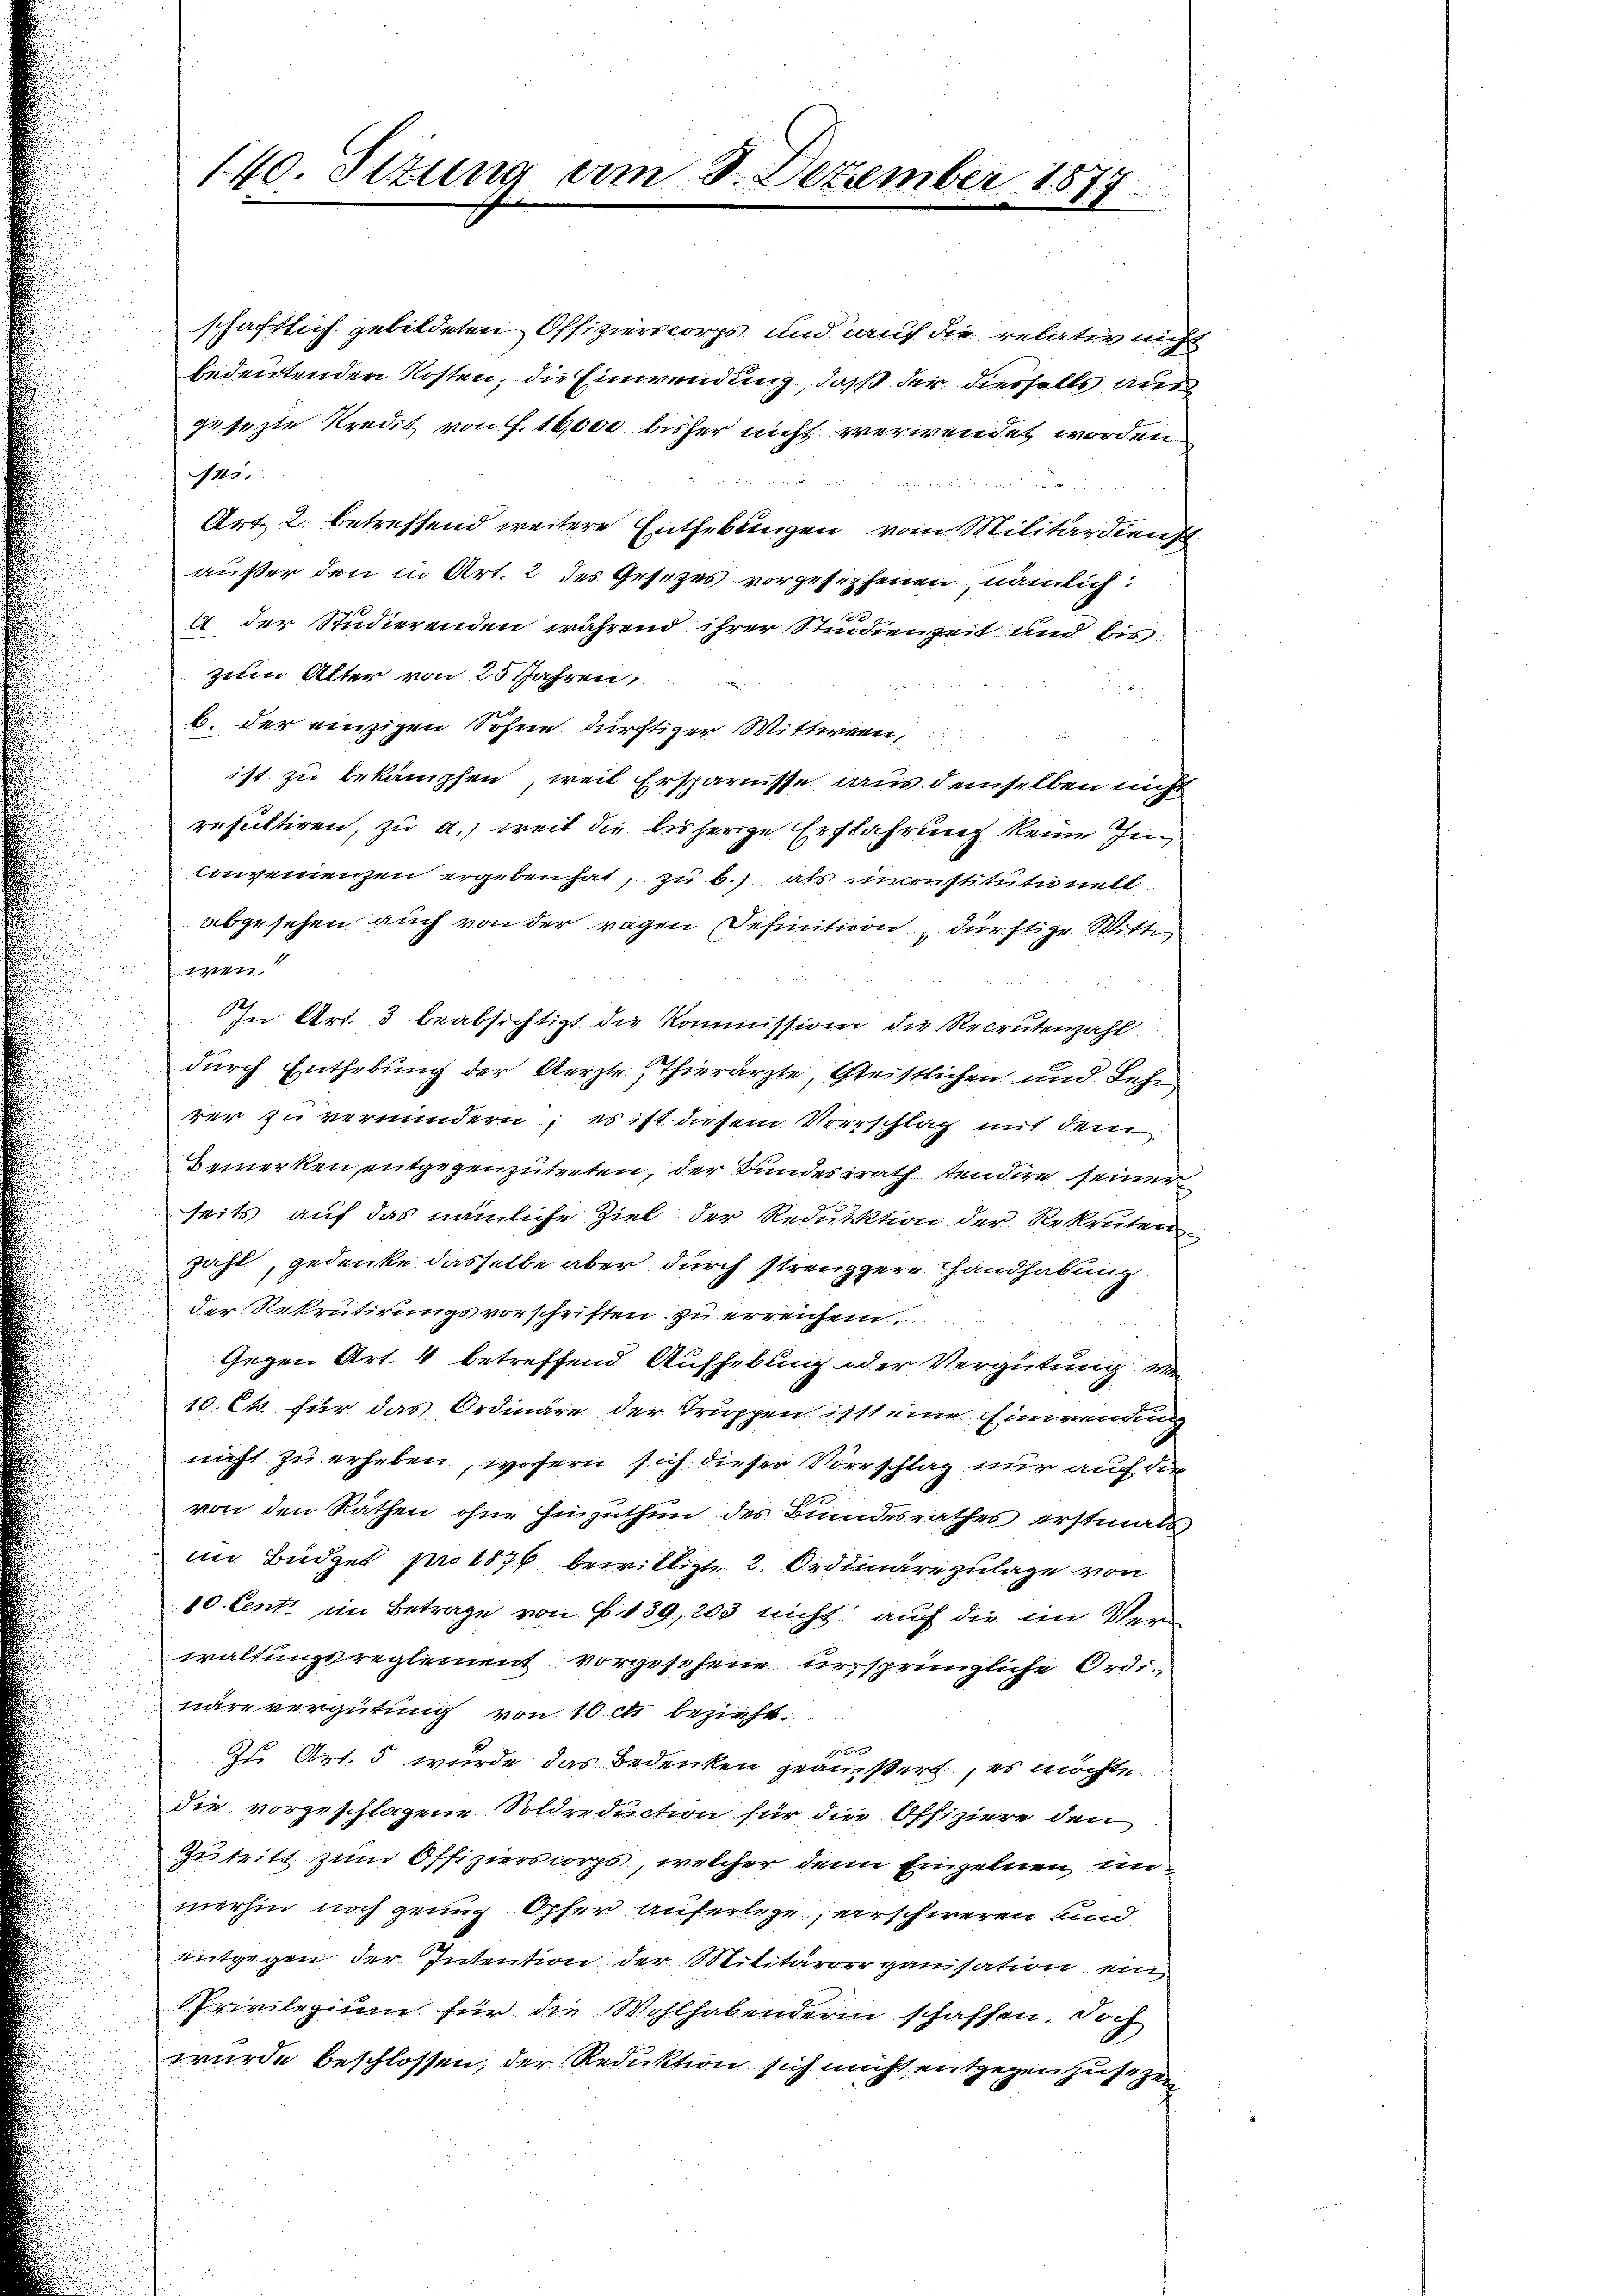
schaftlich gebildeten Offizierscorps und auf die relativ nicht
bedeutenden Kosten, die Einwendung, daß der diesfalls aus
gesezte Predit von F. 16,000 bisher nicht verwendet worden
n.
Art. 2. betreffend weitere Entheblingen vom Militärdiensch
außer den in Art. 2 des Gesetzes vorgesehenen, nämlich
A der Studierenden während ihrer Studienzeit und bis
ziten Alter von 25 Jahren,
b. der einzigen Sohne dürftiger Wittwen,
ist zu bekämpfen, weil Ersparnisse aus demselben nicht
resultiren, zu a.) weil die bisherige Erfahrung keine Inconvenienzen ergeben hat, zu b.) als inconstitutionell
abgesehen auch von der ragen Definition, dürftige Witt
wen.
In Art. 3 beabsichtigt die Kommission die Recrutenzahl
durch Enthebung der Aerzte Thierärzte, Geistlichen und Lehr
rer zu vermindern; es ist diesem Vorrschlag mit dem
Bemerken entgegenzutreten, der Bundesrath tendire seiner
seits auf das nämliche Ziel der Reduktion der Rekruten
zahl, gedenke dasselbe aber durch strengere Handhabung
der Rekrutirungsvorschriften zu erreichen.
Gegen Art. 4 betreffend Aufhebung oder Vergütung vo
10. Cts. für das Ordinäre der Truppen ist eine Einwendung
nicht zu erheben, wofern sich dieser Vorschlag nur auf die
von den Räthen ohne Hinzuthun des Bundesrathes erstmals
im Büdget pro 1876 bewilligte 2. Ordinäre zulage von
10. Cent im Betrage von § 139, 203 nicht auf die im Verwaltungsreglement vorgesehene ursprüngliche Ordinäre vergütung von 10 c bezieht.
Zs. Art. 5 wurde das Bedenken geäußert, es möchte
die vorgeschlagene Soldreduction für die Offiziere den
Zutritt zum Offizierscorps, welcher denn Einzelnen unmerhin noch genug Opfer auferlege, erschireren und
entgegen der Intention der Militärorganisation ein
Privilegium für die Wohlhabenderin schaffen. Doch
wurde beschlossen, der Reduktion sich nicht entgegenzusetzen

140. Situng am 8. Dezember 1877.